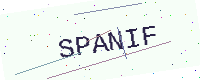
Text: SPANIF